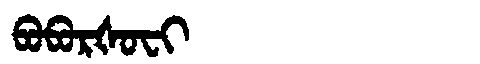
Manchu: ᠪᠣᠪᠣᡵᡧᠣᠸᡳ
Romanization: BOBORŠOFI